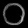
Digit: ၀